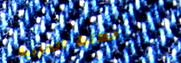
مكتبة العربية